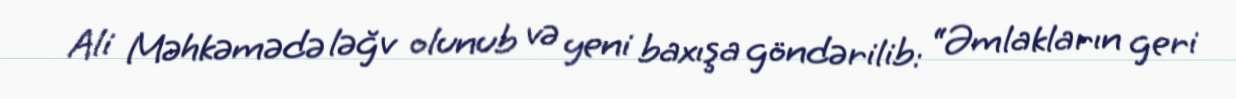
Ali Məhkəmədə ləğv olunub və yeni baxışa göndərilib: “Əmlakların geri